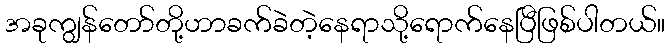
အခုကျွန်တော်တို့ဟာခက်ခဲတဲ့နေရာသို့ရောက်နေပြီဖြစ်ပါတယ်။